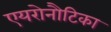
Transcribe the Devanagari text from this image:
एयरोनौटिका